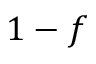
1 - f